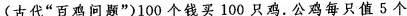
(古代”百鸡问题”)100个钱买100只鸡。公鸡每只值5个